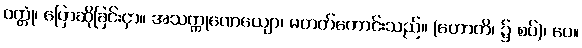
ဝတ္တုံ၊ ပြောဆိုခြင်းငှာ။ အသက္ကုဏေယျော၊ မတတ်ကောင်းသည်။ (ဟောတိ၊ ၌ စပ်)၊ ပေ။